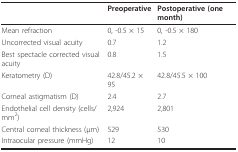
<table><thead><tr><td></td><td><b>Preoperative</b></td><td><b>Postoperative (one month)</b></td></tr></thead><tbody><tr><td>Mean refraction</td><td>0, -0.5 × 15</td><td>0, -0.5 × 180</td></tr><tr><td>Uncorrected visual acuity</td><td>0.7</td><td>1.2</td></tr><tr><td>Best spectacle corrected visual acuity</td><td>0.8</td><td>1.5</td></tr><tr><td>Keratometry (D)</td><td>42.8/45.2 × 95</td><td>42.8/45.5 × 100</td></tr><tr><td>Corneal astigmatism (D)</td><td>2.4</td><td>2.7</td></tr><tr><td>Endothelial cell density (cells/mm<sup>2</sup>)</td><td>2,924</td><td>2,801</td></tr><tr><td>Central corneal thickness (μm)</td><td>529</td><td>530</td></tr><tr><td>Intraocular pressure (mmHg)</td><td>12</td><td>10</td></tr></tbody></table>